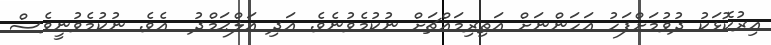
އިރުކޮޅަކު ދުވުމަށްފަހު އަހަންނަށް އަތިރިމައްޗަށް ނުކުމެވުނެވެ. އަދި އަލްޙަމްދު  އެވެ. ނުކުމެވުނީވެސް